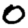
Digit: 0